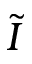
\tilde { I }